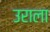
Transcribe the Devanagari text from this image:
उराला